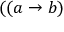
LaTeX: ( ( a \rightarrow b )